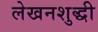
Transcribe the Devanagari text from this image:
लेखनशुद्धी